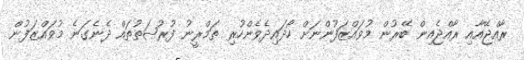
ރާއްޖޭއާއި ރާއްޖެއިން ބޭރުން މުވައްޒަފުންނަށް ހޯދައިދެވެންހުރި ތަމްރީނު ފުރުޞަތުތައް ދެނެގަނެ މުވައްޒަފުން